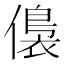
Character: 𱏕